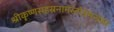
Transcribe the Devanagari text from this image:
श्रीकृष्णसहस्रनामस्तोत्रमन्त्रस्य